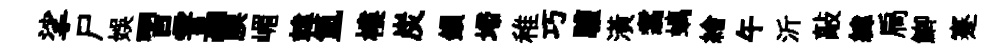
挲尸娱習霅“腆嵋韓氲樓炭鎻埽稚巧驩潢翥螭繪午沂敲緯扃鯽蹇